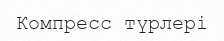
Компресс түрлері